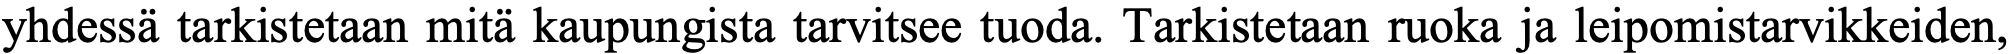
yhdessä tarkistetaan mitä kaupungista tarvitsee tuoda. Tarkistetaan ruoka ja leipomistarvikkeiden,